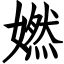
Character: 㜣